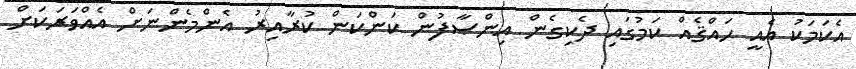
އެކަމަކު އެއީ ޙައްޤެއް ކަމުގައި ދެކިގެން އިންޞާފުން ކަންކަން ކުރާއިރު އެންމެންނަށް އެއްވަރަކަށް